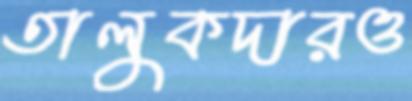
তালুকদারও